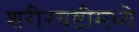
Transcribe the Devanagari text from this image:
शरीरयष्टीमध्ये